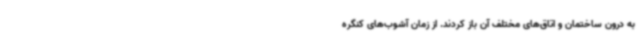
به درون ساختمان و اتاق‌های مختلف آن باز کردند. از زمان آشوب‌های کنگره